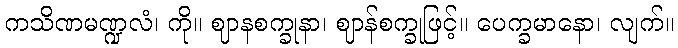
ကသိဏမဏ္ဍလံ၊ ကို။ ဈာနစက္ခုနာ၊ ဈာန်စက္ခုဖြင့်။ ပေက္ခမာနော၊ လျက်။